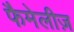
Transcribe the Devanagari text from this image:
फैमेलीज़